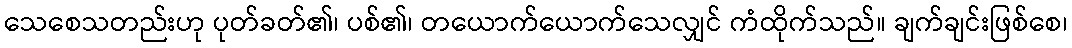
သေစေသတည်းဟု ပုတ်ခတ်၏၊ ပစ်၏၊ တယောက်ယောက်သေလျှင် ကံထိုက်သည်။ ချက်ချင်းဖြစ်စေ၊